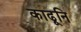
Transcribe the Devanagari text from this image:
काढूनि